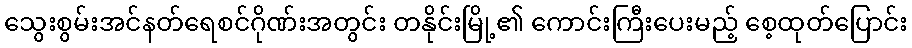
သွေးစွမ်းအင်နတ်ရေစင်ဂိုဏ်းအတွင်း တနိုင်းမြို့၏ ကောင်းကြီးပေးမည့် စေ့ထုတ်ပြောင်း